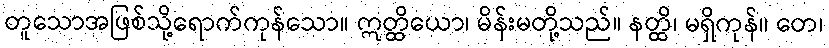
တူသောအဖြစ်သို့ရောက်ကုန်သော။ ဣတ္ထိယော၊ မိန်းမတို့သည်။ နတ္ထိ၊ မရှိကုန်။ တေ၊